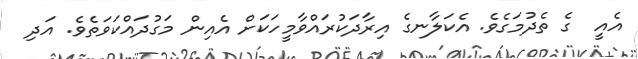
އެއީ  ގެ ތެދުމަގެވެ. އެކަލާނގެ އިރާދަކުރައްވާމީހަކަށް އެއިން މަގުދައްކަވަތެވެ. އަދި